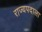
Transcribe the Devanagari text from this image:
राज्यपदाला